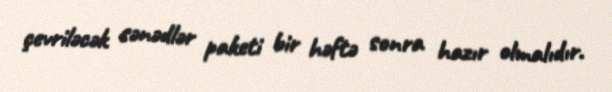
çevriləcək sənədlər paketi bir həftə sonra hazır olmalıdır.